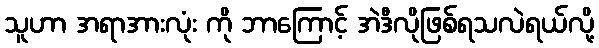
သူဟာ အရာအားလုံး ကို ဘာကြောင့် အဲဒီလိုဖြစ်ရသလဲရယ်လို့